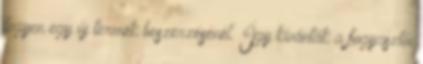
legyen egy új termék beszerzésénél. Így kívánták a fogyasztói